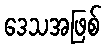
ဒေသအဖြစ်